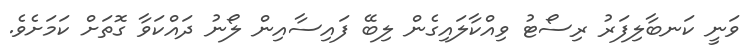
ވަނީ ކަނބާލިފަރު ރިސޯޓު ވިއްކާލައިގެން ލިބޭ ފައިސާއިން ލޯނު ދައްކަވާ ގޮތަށް ކަމަށެވެ.